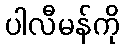
ပါလီမန်ကို